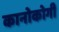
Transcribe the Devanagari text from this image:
कानोकोगी